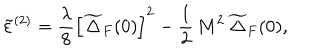
LaTeX: \tilde { \varepsilon } ^ { ( 2 ) } = \frac { \lambda } { 8 } \left[ \widetilde { \Delta } _ { F } ( 0 ) \right] ^ { 2 } - \frac { 1 } { 2 } \, M ^ { 2 } \, \widetilde { \Delta } _ { F } ( 0 ) ,